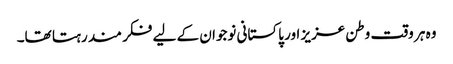
وہ ہر وقت وطن عزیز اور پاکستانی نوجوان کے لیے فکر مند رہتا تھا۔